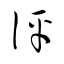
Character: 評